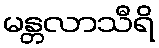
မန္တလာသီရိ